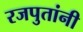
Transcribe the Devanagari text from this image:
रजपुतांनी